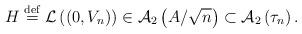
LaTeX: \begin{align*}H\stackrel{\rm def}{=}{\cal L}\left( \left( 0,V_{n}\right) \right) \in {\cal A}_{2}\left( A/\sqrt{n}\right) \subset {\cal A}_{2}\left( \tau _{n}\right) .\end{align*}